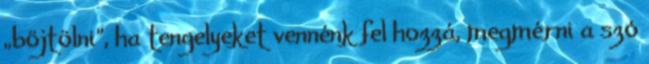
„böjtölni”, ha tengelyeket vennénk fel hozzá, megmérni a szó